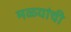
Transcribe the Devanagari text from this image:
मळ्यांची